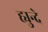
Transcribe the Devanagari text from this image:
ह्युन्दे